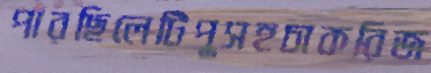
পারছিলেটিপুসহচাকরিজ